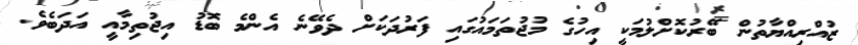
ޒުއްރިއްޔާތުން ބޭރުކޮށްލުމަކީ އިހުގެ މުޖުތަމައުގައި ފަރުދަކަށް ދެވޭނެ އެންމެ ބޮޑު އިޖުތިމާއީ އަދަބެވެ.